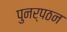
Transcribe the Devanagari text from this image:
पुनर्पठन